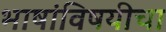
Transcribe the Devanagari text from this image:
भाषांविषयीचा